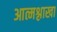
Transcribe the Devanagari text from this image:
आत्मश्लाखा